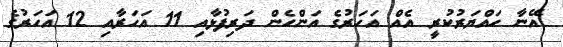
އޭނާ ހައްޔަރުކުރީ އެއް އަހަރުގެ އަންހެން ދަރިފުޅާއި 11 އަހަރާއި 12 އަހަރުގެ